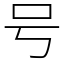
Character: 号